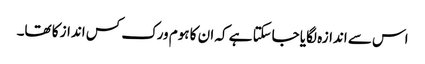
اس سے اندازہ لگایا جاسکتا ہے کہ ان کا ہوم ورک کس انداز کا تھا۔